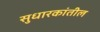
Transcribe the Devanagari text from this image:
सुधारकांतील